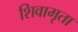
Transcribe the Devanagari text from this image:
शिवामृता